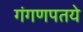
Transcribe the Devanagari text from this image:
गंगणपतये